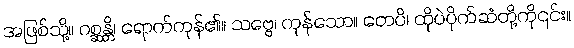
အဖြစ်သို့။ ဂစ္ဆန္တိ၊ ရောက်ကုန်၏။ သဗ္ဗေ၊ ကုန်သော။ တေပိ၊ ထိုပဲပိုက်ဆံတို့ကို၎င်း။